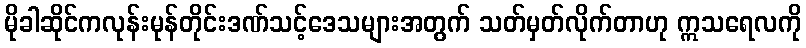
မိုခါဆိုင်ကလုန်းမုန်တိုင်းဒဏ်သင့်ဒေသများအတွက် သတ်မှတ်လိုက်တာဟု ဣသရေလကို